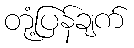
တုံ့ပြန်ချက်